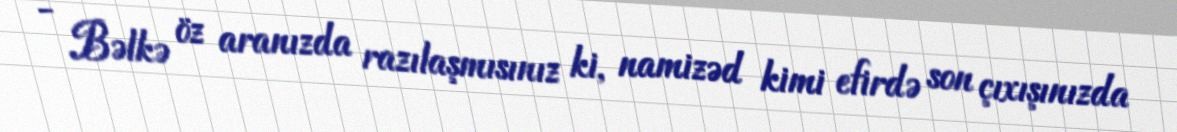
- Bəlkə öz aranızda razılaşmısınız ki, namizəd kimi efirdə son çıxışınızda